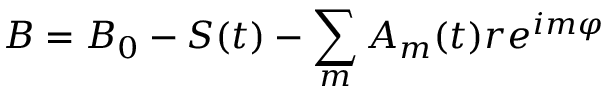
B = B _ { 0 } - S ( t ) - \sum _ { m } A _ { m } ( t ) r e ^ { i m \varphi }